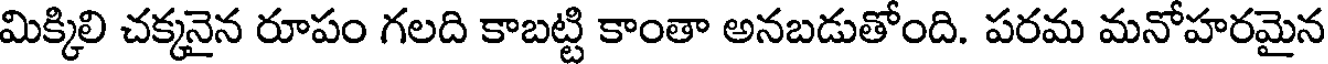
మిక్కిలి చక్కనైన రూపం గలది కాబట్టి కాంతా అనబడుతోంది. పరమ మనోహరమైన